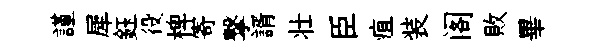
謹犀鈺役椑寄撃諝壮臣疽装阁敗畢